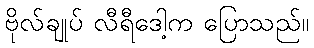
ဗိုလ်ချုပ် လီရီဒေါ့က ပြောသည်။